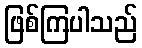
ဖြစ်ကြပါသည်